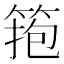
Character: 𥮼